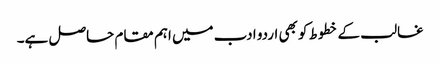
غالب کے خطوط کو بھی اردو ادب میں اہم مقام حاصل ہے۔